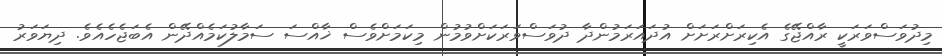
މިދުވަސްވަރަކީ ރާއްޖޭގެ އެކިރަށްރަށަށް އުދައަރަމުންދާ ދުވަސްވަރަކަށްވުމުން މިކަމަށްވެސް ޚާއްސަ ސަމާލުކަމެއްދޭން އެބަޖެހެއެވެ. ދިޔަވަރު